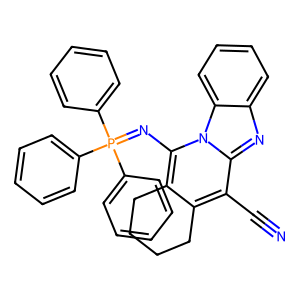
SMILES: N#Cc1c2c(c(N=P(c3ccccc3)(c3ccccc3)c3ccccc3)n3c1nc1ccccc13)CCCC2
Inhibits HIV replication: No